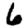
Digit: 6